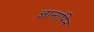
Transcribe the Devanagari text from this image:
ज्ञानाग्नि